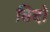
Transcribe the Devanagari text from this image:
बिदो